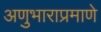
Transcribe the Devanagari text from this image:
अणुभाराप्रमाणे